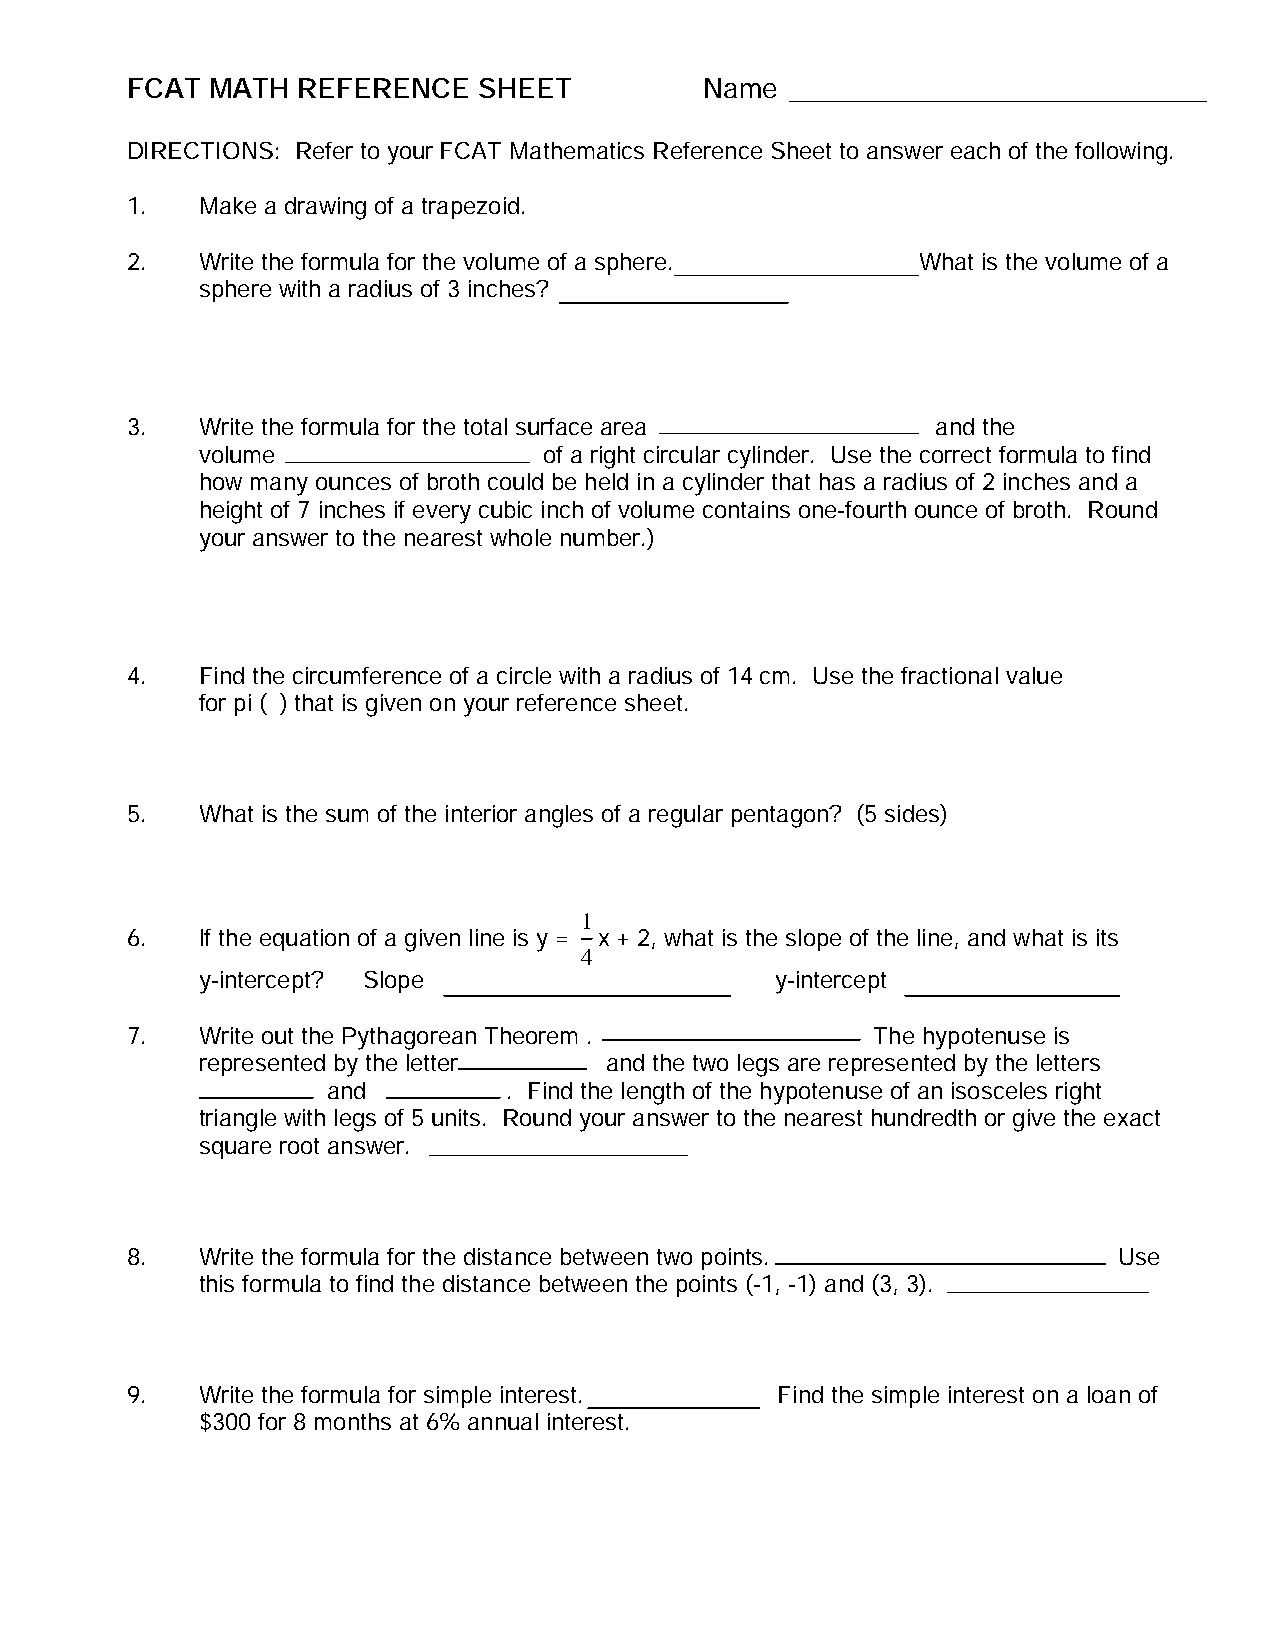
FCAT  MATH  REFERENCE   SHEET          Name
 DIRECTIONS: Refer to your FCAT Mathematics Reference Sheet to answer each of the following.
 1.   Make a drawing of a trapezoid.
 2.   Write the formula for the volume of a sphere.   What is the volume of a
 sphere with a radius of 3 inches?
 3.   Write the formula for the total surface area     and the
 volume                 of a right circular cylinder. Use the correct formula to find
 how many ounces of broth could be held in a cylinder that has a radius of 2 inches and a
 height of 7 inches if every cubic inch of volume contains one-fourth ounce of broth. Round
 your answer to the nearest whole number.)
 4.   Find the circumference of a circle with a radius of 14 cm. Use the fractional value
 for pi (p ) that is given on your reference sheet.
 5.   What is the sum of the interior angles of a regular pentagon? (5 sides)
 1
 6.   If the equation of a given line is y = x + 2, what is the slope of the line, and what is its
 4
 y-intercept? Slope                    y-intercept
 7.   Write out the Pythagorean Theorem .          The hypotenuse is
 represented by the letter  and the two legs are represented by the letters
 and         . Find the length of the hypotenuse of an isosceles right
 triangle with legs of 5 units. Round your answer to the nearest hundredth or give the exact
 square root answer.
 8.   Write the formula for the distance between two points.       Use
 this formula to find the distance between the points (-1, -1) and (3, 3).
 9.   Write the formula for simple interest. Find the simple interest on a loan of
 $300 for 8 months at 6% annual interest.